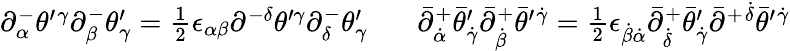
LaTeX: \begin{array}{ll}{{\partial_{\alpha}^{-}\theta^{\prime}{}^{\gamma}\partial_{\beta}^{-}\theta_{\gamma}^{\prime}=\textstyle{\frac{1}{2}}\epsilon_{\alpha\beta}\partial^{-\delta}\theta^{\prime\gamma}\partial_{\delta}^{-}\theta_{\gamma}^{\prime}~~}}&{{~\bar{\partial}_{\dot{\alpha}}^{+}\bar{\theta}_{\dot{\gamma}}^{\prime}\bar{\partial}_{\dot{\beta}}^{+}\bar{\theta}^{\prime}{}^{\dot{\gamma}}=\textstyle{\frac{1}{2}}\epsilon_{\dot{\beta}\dot{\alpha}}\bar{\partial}_{\dot{\delta}}^{+}\bar{\theta}_{\dot{\gamma}}^{\prime}\bar{\partial}^{+}{}^{\dot{\delta}}\bar{\theta}^{\prime}{}^{\dot{\gamma}}}}\end{array}